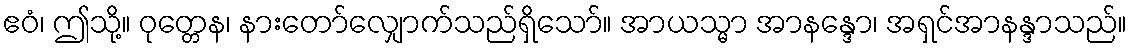
ဧဝံ၊ ဤသို့။ ဝုတ္တေန၊ နားတော်လျှောက်သည်ရှိသော်။ အာယသ္မာ အာနန္ဒော၊ အရှင်အာနန္ဒာသည်။